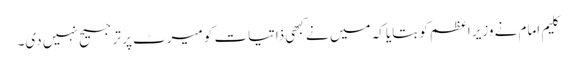
کلیم امام نے وزیر اعظم کو بتایا کہ میں نے کبھی ذاتیات کو میرٹ پر ترجیح نہیں دی۔